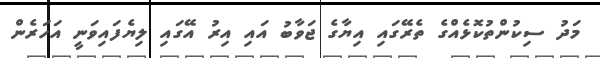
މަދު ސިކުންތުކޮޅެއްގެ ތެރޭގައި އިޔާގެ ޖަވާބު އައި އިރު އޭގައި ލިޔެފައިވަނީ އަހަރެން